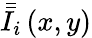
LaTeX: {\bar{\bar{I}}}_{i}\left(x,y\right)